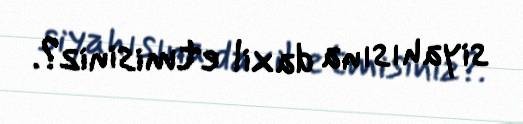
siyahısına daxil etmisiniz?.